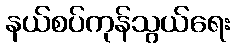
နယ်စပ်ကုန်သွယ်ရေး